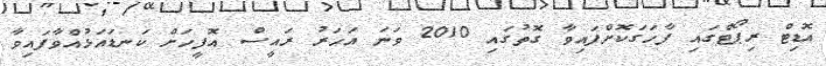
އޮޑިޓް ރިޕޯޓްގައި ފާހަގަކޮށްފައިވާ ގޮތުގައި 2010 ވަނަ އަހަރު ރައީސް އޮފީހަށް ކަނޑައަޅުއްވާފައިވާ